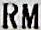
RM